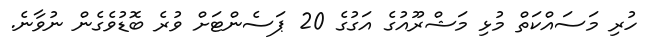
ހުރި މަސައްކަތް މުޅި މަޝްރޫއުގެ އަގުގެ 20 ޕަސެންޓަށް ވުރެ ބޮޑުވެގެން ނުވާނެ.